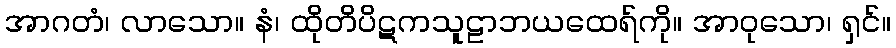
အာဂတံ၊ လာသော။ နံ၊ ထိုတိပိဋကသူဠာဘယထေရ်ကို။ အာဝုသော၊ ရှင်။